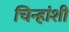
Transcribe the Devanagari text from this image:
चिन्हांशी